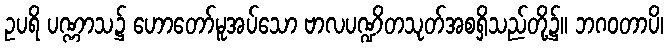
ဥပရိ ပဏ္ဏာသ၌ ဟောတော်မူအပ်သော ဗာလပဏ္ဍိတသုတ်အစရှိသည်တို့၌။ ဘဂဝတာပိ၊